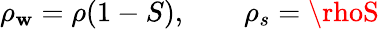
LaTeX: \rho_{\mathbf{w}}=\rho(1-S),\qquad\rho_{s}=\rhoS